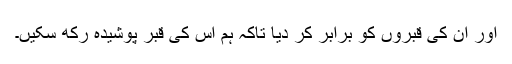
اور ان کی قبروں کو برابر کر دیا تاکہ ہم اس کی قبر پوشیدہ رکھ سکیں۔